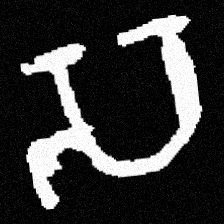
Pyu character \u2014 Myanmar letter: သ (romanized: sa)